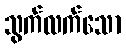
သွက်လက်သော